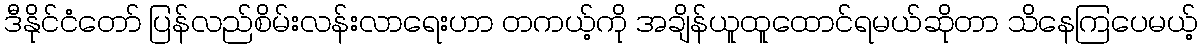
ဒီနိုင်ငံတော် ပြန်လည်စိမ်းလန်းလာရေးဟာ တကယ့်ကို အချိန်ယူထူထောင်ရမယ်ဆိုတာ သိနေကြပေမယ့်